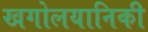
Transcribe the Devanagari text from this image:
खगोलयानिकी